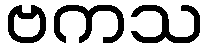
ဗကသ